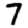
Digit: 7